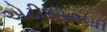
એટીએમથી